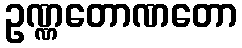
ဥဏ္ဏတောဏတော